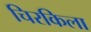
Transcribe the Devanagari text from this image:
चिरकिला